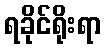
ရခိုင်ရိုးရာ